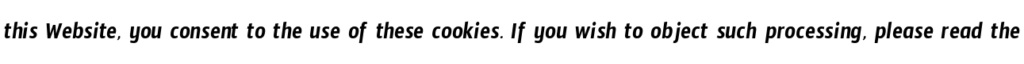
this Website, you consent to the use of these cookies. If you wish to object such processing, please read the